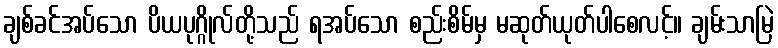
ချစ်ခင်အပ်သော ပိယပုဂ္ဂိုလ်တို့သည် ရအပ်သော စည်းစိမ်မှ မဆုတ်ယုတ်ပါစေလင့်။ ချမ်းသာမြဲ